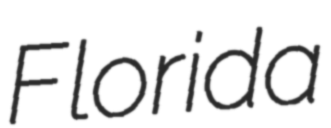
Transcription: Florida